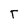
Character: T